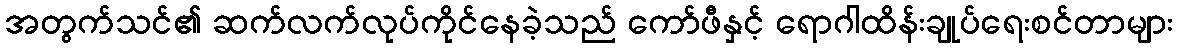
အတွက်သင်၏ ဆက်လက်လုပ်ကိုင်နေခဲ့သည် ကော်ဖီနှင့် ရောဂါထိန်းချုပ်ရေးစင်တာများ